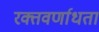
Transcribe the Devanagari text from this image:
रक्तवर्णाधता